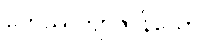
ဟေဿတျာဇာနိယော